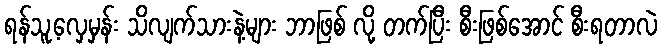
ရန်သူ့လှေမှန်း သိလျက်သားနဲ့များ ဘာဖြစ် လို့ တက်ပြီး စီးဖြစ်အောင် စီးရတာလဲ